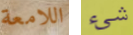
اللامعة شيء